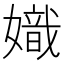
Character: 嬂